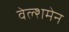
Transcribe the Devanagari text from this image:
वेल्शमेन